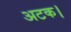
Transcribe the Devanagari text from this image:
अटक।